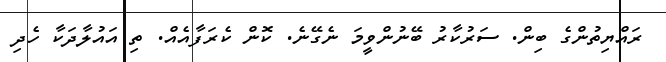
ރައްޔިތުންގެ ބިން. ސަރުކާރު ބޭނުންވީމަ ނެގޭނެ. ކޮން ކެރަފާއެއް. ތި އައުލާދަކާ ހެދި